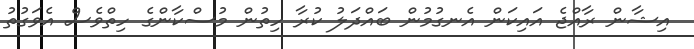
އިޝާން ރާއްޖެ އައިކަން އެނގުމުން ބައްދަލު ކުރާ ހިތުން މުސްކާންގެ ހިތްވެސް އެވަގުތު